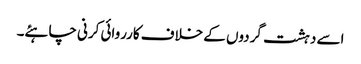
اسے دہشت گردوں کے خلاف کارروائی کرنی چاہئے۔